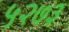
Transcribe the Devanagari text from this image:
५२७३